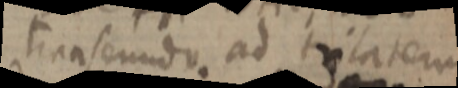
transeundo ad trilatem